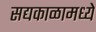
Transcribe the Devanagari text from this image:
सद्यकाळामध्ये